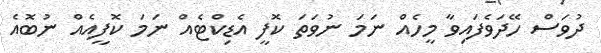
ދުވަސް ހޭދަވެފައިވާ މީހެއް ނަމަ ނުވަތަ ކޮފީ އެޑިކްޓެއް ނަމަ ކޮފީއެއް ނުބޮއެ